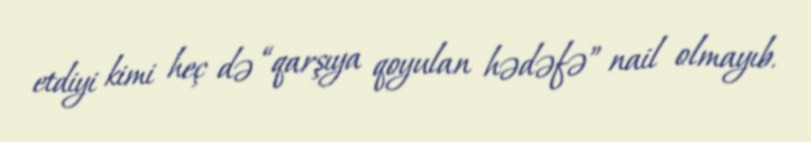
etdiyi kimi heç də “qarşıya qoyulan hədəfə” nail olmayıb.